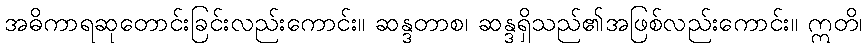
အဓိကာရဆုတောင်းခြင်းလည်းကောင်း။ ဆန္ဒတာစ၊ ဆန္ဒရှိသည်၏အဖြစ်လည်းကောင်း။ ဣတိ၊